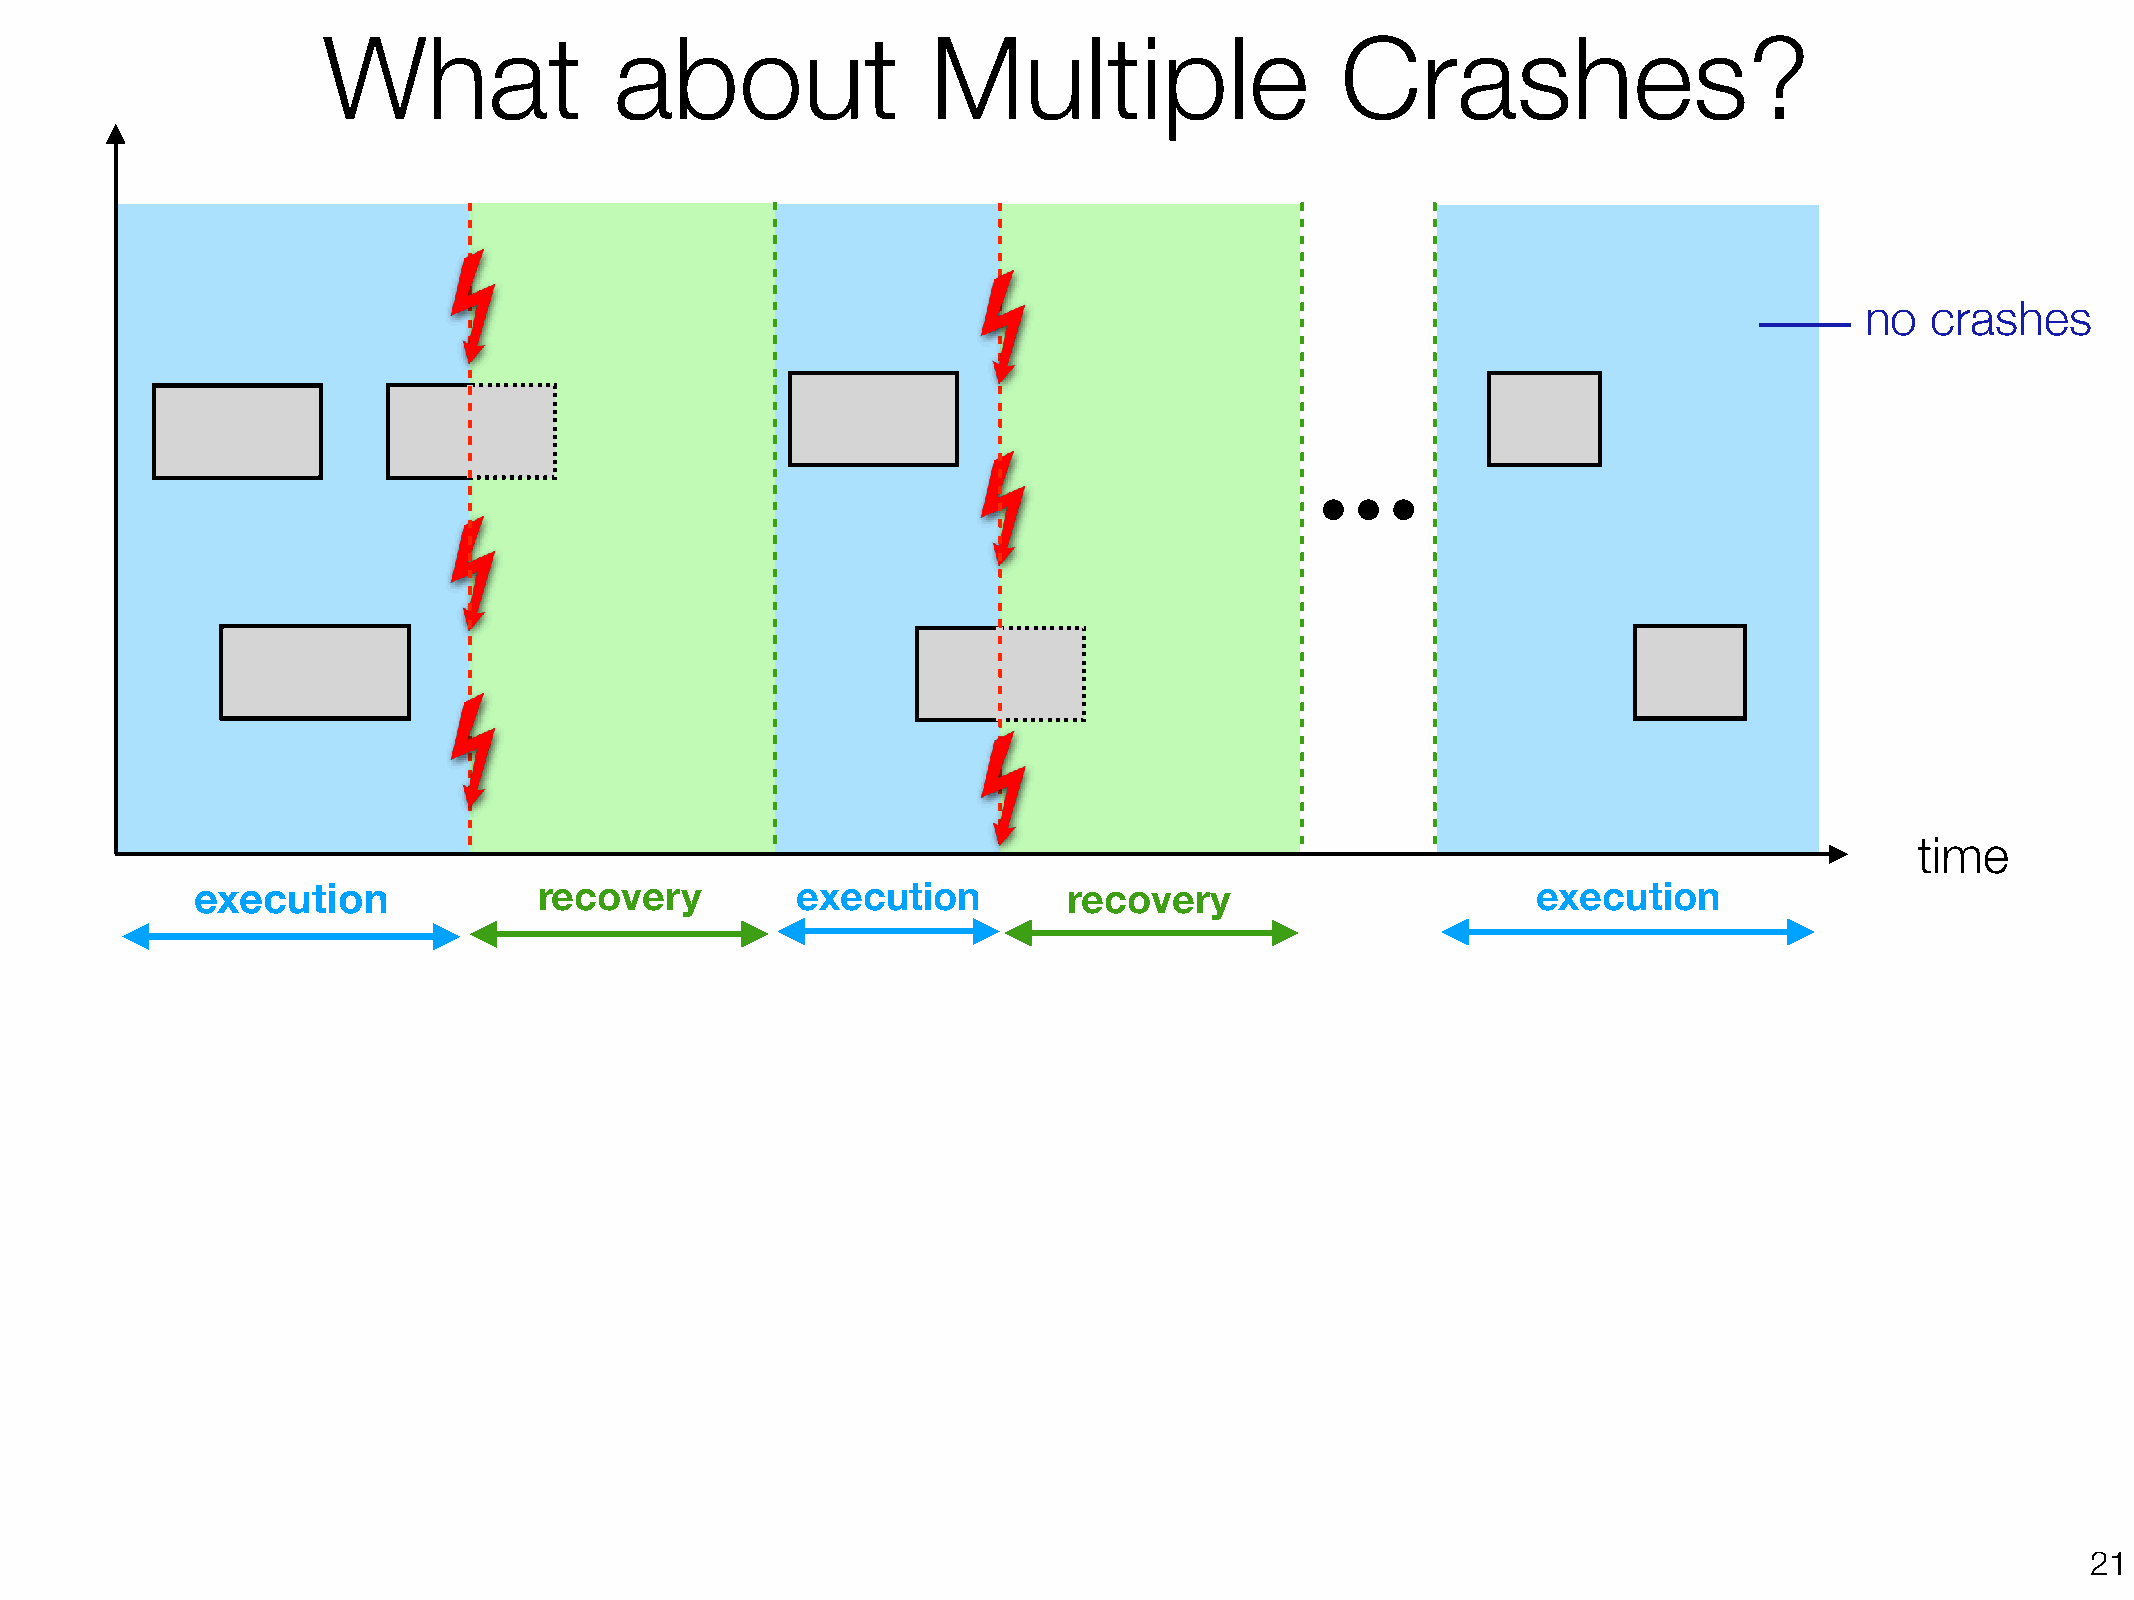
What                about                Multiple                   Crashes?
 no   crashes
 time
 execution              recovery         execution         recovery                       execution
 !21